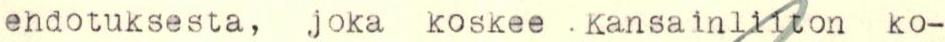
ehdotuksesta, joka koskee .Kansainliiton ko-